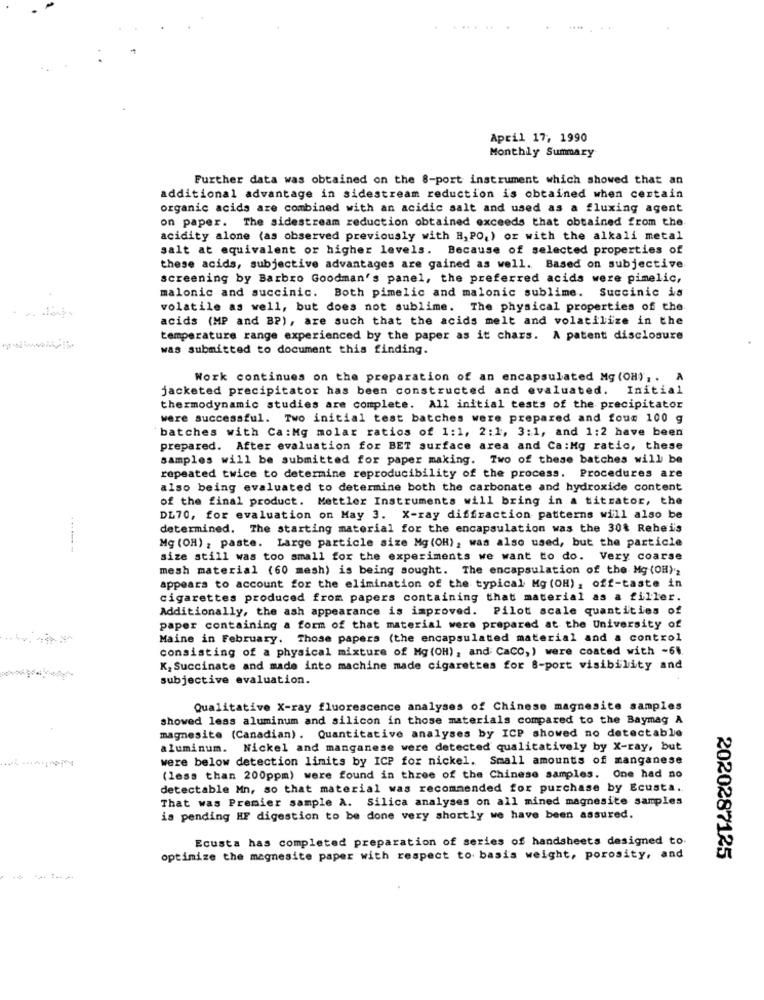
......
April 17, 1990
Monthly Summary
Further data was obtained on the 8-port instrument which showed that an
additional advantage in sidestream reduction is obtained when certain
organic acids are combined with an acidic salt and used as a fluxing agent
on paper. The sidestream reduction obtained exceeds that obtained from the
acidity alone (as observed previously with H, PO,) or with the alkali metal
salt at equivalent or higher levels. Because of selected properties of
these acids, subjective advantages are gained as well. Based on subjective
screening by Barbro Goodman's panel, the preferred acids were pimelic,
malonic and succinic. Both pimelic and malonic sublime. Succinic is
volatile as well, but does not sublime. The physical properties of the
acids (MP and BP), are such that the acids melt and volatilize in the
temperature range experienced by the paper as it chars. A patent disclosure
was submitted to document this finding.
Work continues on the preparation of an encapsulated Mg (OH), . A
jacketed precipitator has been constructed and evaluated. Initial
thermodynamic studies are complete. All initial tests of the precipitator
were successful. Two initial test batches were prepared and foum 100 g
batches with Ca:Mg molar ratios of 1:1, 2:1, 3:1, and 1:2 have been
prepared. After evaluation for BET surface area and Ca:Mg ratio, these
samples will be submitted for paper making. Two of these batches will be
repeated twice to determine reproducibility of the process. Procedures are
also being evaluated to determine both the carbonate and hydroxide content
of the final product. Mettler Instruments will bring in a titrator, the
DL70, for evaluation on May 3. X-ray diffraction patterns will also be
determined. The starting material for the encapsulation was the 30% Reheis
Mg (OH) , paste. Large particle size Mg (OH), was also used, but the particle
------
size still was too small for the experiments we want to do. Very coarse
mesh material (60 mesh) is being sought. The encapsulation of the Mg (OH)'
appears to account for the elimination of the typical Mg (OH), off-taste in
cigarettes produced from papers containing that material as a filler.
Additionally, the ash appearance is improved. Pilot scale quantities of
paper containing a form of that material were prepared at the University of
Maine in February. Those papers (the encapsulated material and a control
consisting of a physical mixture of Mg (OH), and CaCO,) were coated with -61.
K, Succinate and made into machine made cigarettes for 8-port visibility and
subjective evaluation.
Qualitative X-ray fluorescence analyses of Chinese magnesite samples
showed less aluminum and silicon in those materials compared to the Baymag A
magnesite (Canadian). Quantitative analyses by ICP showed no detectable
aluminum. Nickel and manganese were detected qualitatively by X-ray, but
were below detection limits by ICP for nickel. Small amounts of manganese
(less than 200ppm) were found in three of the Chinese samples. One had no
detectable Mn, so that material was recommended for purchase by Ecusta.
That was Premier sample A. Silica analyses on all mined magnesite samples
is pending HF digestion to be done very shortly we have been assured.
Ecusta has completed preparation of series of handsheets designed to.
optimize the magnesite paper with respect to basis weight, porosity, and
2020287125